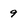
Character: 9